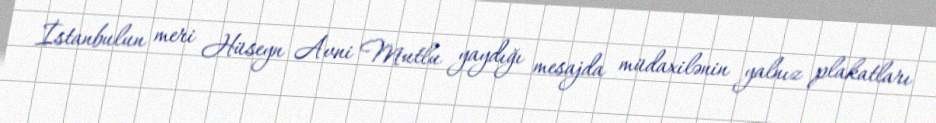
İstanbulun meri Hüseyn Avni Mutlu yaydığı mesajda müdaxilənin yalnız plakatları